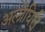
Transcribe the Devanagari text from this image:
अलीघिरी